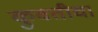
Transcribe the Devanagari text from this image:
कुवतीचा